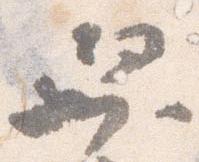
舁